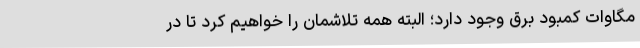
مگاوات کمبود برق وجود دارد؛ البته همه تلاشمان را خواهیم کرد تا در